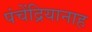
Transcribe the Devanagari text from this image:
पंचेंद्रियानाह